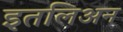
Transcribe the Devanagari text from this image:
इतलिअन